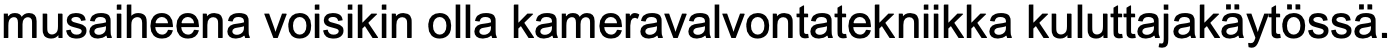
musaiheena voisikin olla kameravalvontatekniikka kuluttajakäytössä.